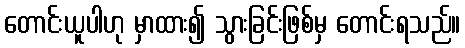
တောင်းယူပါဟု မှာထား၍ သွားခြင်းဖြစ်မှ တောင်းရသည်။